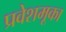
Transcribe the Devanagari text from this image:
प्रवेशमूका